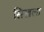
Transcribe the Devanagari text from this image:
सिखला